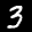
Label: 3